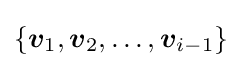
\{{\boldsymbol {v}}_{1},{\boldsymbol {v}}_{2},\ldots ,{\boldsymbol {v}}_{i-1}\}